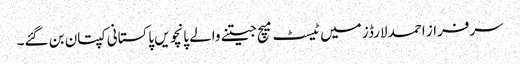
سرفراز احمد لارڈز میں ٹیسٹ میچ جیتنے والے پانچویں پاکستانی کپتان بن گئے۔